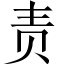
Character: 责